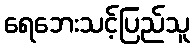
ရေဘေးသင့်ပြည်သူ